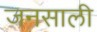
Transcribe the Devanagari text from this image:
जनसाली